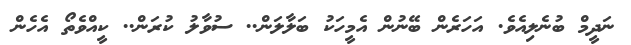
ނަދީމް ބުނެލިއެވެ. އަހަރެން ބޭނުން އެމީހަކު ބަލާލަން.. ސުވާލު ކުރަން.. ކީއްވެތޯ އެހެން